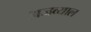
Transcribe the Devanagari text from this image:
अजव्याल